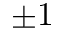
\pm 1